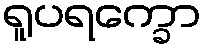
ရူပရက္ခော